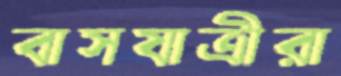
বাসযাত্রীরা